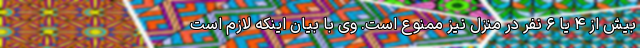
بیش از ۴ یا ۶ نفر در منزل نیز ممنوع است. وی با بیان اینکه لازم است